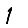
Digit: 1